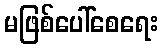
မဖြစ်ပေါ်စေရေး